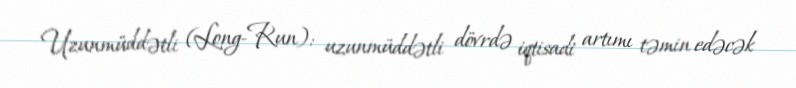
Uzunmüddətli (Long-Run): uzunmüddətli dövrdə iqtisadi artımı təmin edəcək